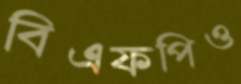
বিএফপিও